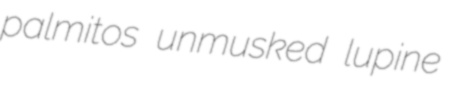
palmitos unmusked lupine